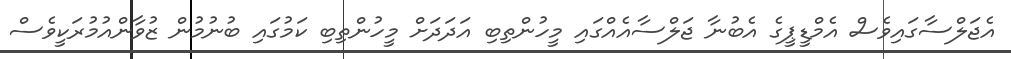
އެޖަލްސާގައިވެސް އެމްޑީޕީގެ އެބުނާ ޖަލްސާއެއްގައި މީހުންތިބި އަދަދަށް މީހުންތިބި ކަމުގައި ބުނުމުން ޒުވާންއުމުރަކީވެސް